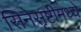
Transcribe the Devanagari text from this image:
सिनेसृष्टीमध्ये